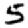
Digit: 5